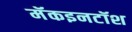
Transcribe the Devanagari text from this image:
मॅकइनटॉश